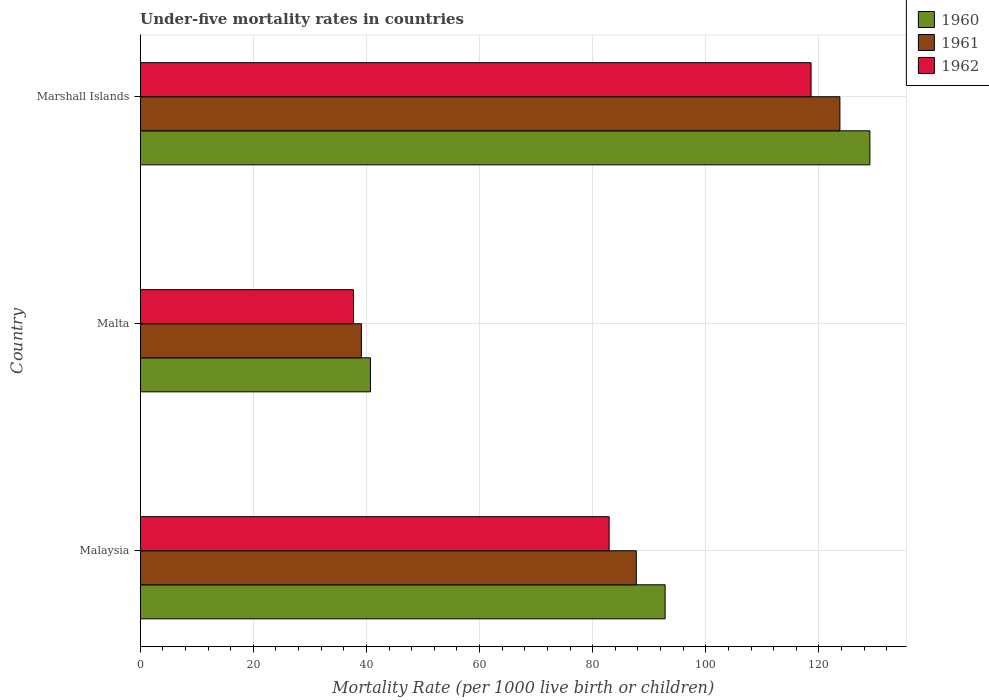
| Country | 1960 | 1961 | 1962 |
 | --- | --- | --- | --- |
 | Malaysia | 92.8 | 87.7 | 82.9 |
 | Malta | 40.7 | 39.1 | 37.7 |
 | Marshall Islands | 129 | 124 | 119 |